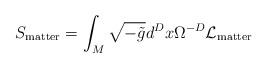
LaTeX: \begin{align*}S_{\rm matter} = \int_{M} \sqrt{-\tilde{g}} d^Dx \Omega^{-D} {\cal L}_{\rm matter}\end{align*}